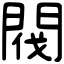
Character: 閥